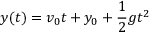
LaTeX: y ( t ) = v _ { 0 } t + y _ { 0 } + { \frac { 1 } { 2 } } g t ^ { 2 }